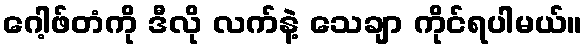
ဂေါ့ဖ်တံကို ဒီလို လက်နဲ့ သေချာ ကိုင်ရပါမယ်။